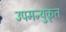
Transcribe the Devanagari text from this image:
उपमन्युकृत